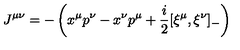
J ^ { \mu \nu } = - \left( x ^ { \mu } p ^ { \nu } - x ^ { \nu } p ^ { \mu } + \frac { i } { 2 } [ \xi ^ { \mu } , \xi ^ { \nu } ] _ { - } \right)